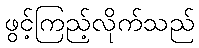
ဖွင့်ကြည့်လိုက်သည်